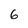
Character: 6